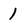
Character: 1